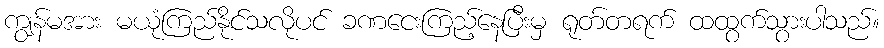
ကျွန်မအား မယုံကြည်နိုင်သလိုပင် ခဏငေးကြည့်နေပြီးမှ ရုတ်တရက် ထထွက်သွားပါသည်။